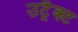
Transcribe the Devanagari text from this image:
उट्रैक्ट